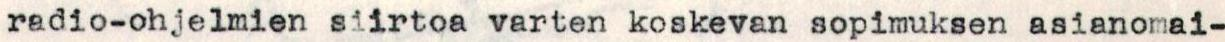
radio-ohjelmien siirtoa varten koskevan sopimuksen asianomai-